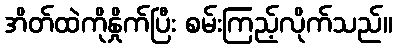
အိတ်ထဲကိုနှိုက်ပြီး စမ်းကြည့်လိုက်သည်။